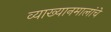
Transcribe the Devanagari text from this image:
व्याख्यानमालांचे